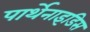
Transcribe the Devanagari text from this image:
पार्थेनाइडिस